Vaccination in Bombay 1856-1862 - 1856-1862
Year: 1856
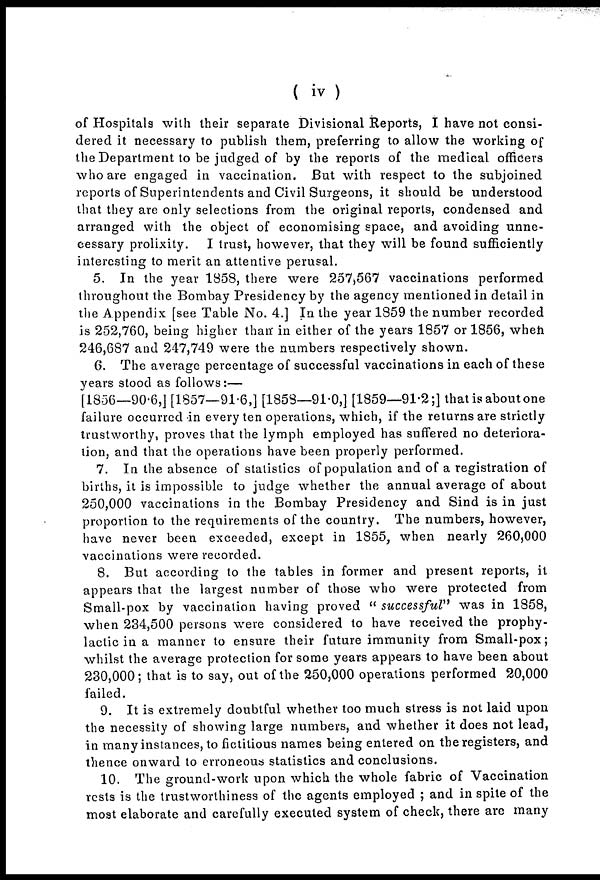
( iv )
of Hospitals with their separate Divisional Reports, I have not consi-
dered it necessary to publish them, preferring to allow the working of
the Department to be judged of by the reports of the medical officers
who are engaged in vaccination. But with respect to the subjoined
reports of Superintendents and Civil Surgeons, it should be understood
that they are only selections from the original reports, condensed and
arranged with the object of economising space, and avoiding unne-
cessary prolixity. I trust, however, that they will be found sufficiently
interesting to merit an attentive perusal.
5. In the year 1858, there were 257,567 vaccinations performed
throughout the Bombay Presidency by the agency mentioned in detail in
the Appendix [see Table No. 4.] In the year 1859 the number recorded
is 252,760, being higher than in either of the years 1857 or 1856, when
246,687 and 247,749 were the numbers respectively shown.
6. The average percentage of successful vaccinations in each of these
years stood as follows:—
[1856—90.6,] [1857—91.6,] [1858—91.0,] [1859—91.2;] that is about one
failure occurred in every ten operations, which, if the returns are strictly
trustworthy, proves that the lymph employed has suffered no deteriora-
tion, and that the operations have been properly performed.
7. In the absence of statistics of population and of a registration of
births, it is impossible to judge whether the annual average of about
250,000 vaccinations in the Bombay Presidency and Sind is in just
proportion to the requirements of the country. The numbers, however,
have never been exceeded, except in 1855, when nearly 260,000
vaccinations were recorded.
8. But according to the tables in former and present reports, it
appears that the largest number of those who were protected from
Small-pox by vaccination having proved " successful" was in 1858,
when 234,500 persons were considered to have received the prophy-
lactic in a manner to ensure their future immunity from Small-pox;
whilst the average protection for some years appears to have been about
230,000; that is to say, out of the 250,000 operations performed 20,000
failed.
9. It is extremely doubtful whether too much stress is not laid upon
the necessity of showing large numbers, and whether it does not lead,
in many instances, to fictitious names being entered on the registers, and
thence onward to erroneous statistics and conclusions.
10. The ground-work upon which the whole fabric of Vaccination
rests is the trustworthiness of the agents employed ; and in spite of the
most elaborate and carefully executed system of check, there are many